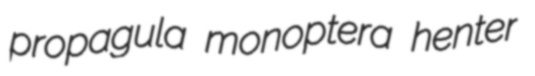
propagula monoptera henter